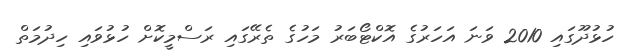
ހުޅުދޫގައި 2010 ވަނަ އަހަރުގެ އޮކްޓޯބަރު މަހުގެ ތެރޭގައި ރަސްމީކޮށް ހުޅުވައި ހިދުމަތް